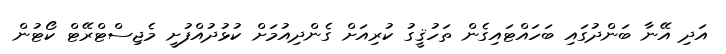
އަދި އޭނާ ބަންދުގައި ބަހައްޓައިގެން ތަހުޤީގު ކުރިއަށް ގެންދިއުމަށް ކުޅުދުއްފުށީ މެޖިސްޓްރޭޓް ކޯޓުން